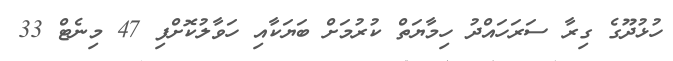
ހުޅުދޫގެ ގިރާ ސަރަހައްދު ހިމާޔަތް ކުރުމަށް ބަޔަކާއި ހަވާލުކޮށްފި 47 މިނެޓް 33